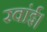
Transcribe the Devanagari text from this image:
रवांई।